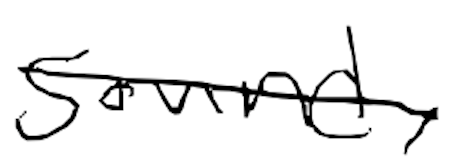
Text: sound,
Cross-out: diagonal
Writing tool: digital_black